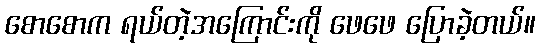
စောစောက ရယ်တဲ့အကြောင်းကို ဖေဖေ ပြောခဲ့တယ်။